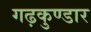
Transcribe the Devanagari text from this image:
गढ़कुण्डार